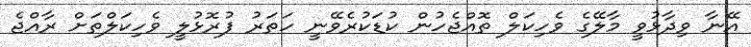
އޭނާ ވިދާޅުވީ މާލޭގެ ވެހިކަލް ތޮއްޖެހުން ކުޑަކުރެވޭނީ ހަތަރު ފުރޮޅުލީ ވެހިކަލްތަށް ރާއްޖެ